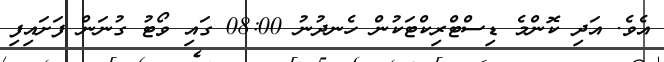
އެވެ. އަދި ކޮންމެ ޑިސްޓްރިކްޓަކުން ހެނދުނު 08:00 ގައި ވޯޓު ގުނަން ފަށައިފި